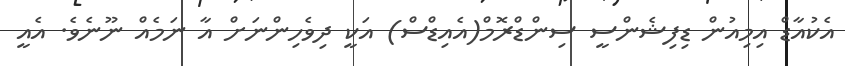
އެކުއާޑް އިމިއުން ޑިފިޝެންސީ ސިންޑްރޮމް(އެއިޑްސް) އަކީ ދިވެހިންނަށް އާ ނަމެއް ނޫނެވެ. އެއީ